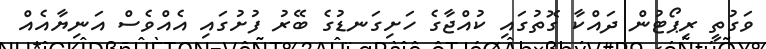
ވަގުތީ ރިޕޯޓުން ދައްކާ ގޮތުގައި ކުއްޖާގެ ހަށިގަނޑުގެ ބޭރު ފުށުގައި އެއްވެސް އަނިޔާއެއް